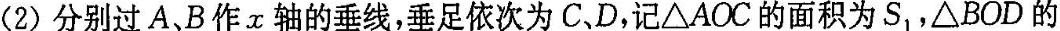
(2)分别过A、B作x轴的垂线，垂足依次为C、D，记△AOC的面积为S_{1}，△BOD